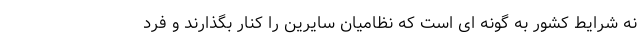
نه شرایط کشور به گونه ای است که نظامیان سایرین را کنار بگذارند و فرد